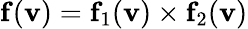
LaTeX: \mathbf{f}(\mathbf{v})=\mathbf{f}_{1}(\mathbf{v})\times\mathbf{f}_{2}(\mathbf{v})